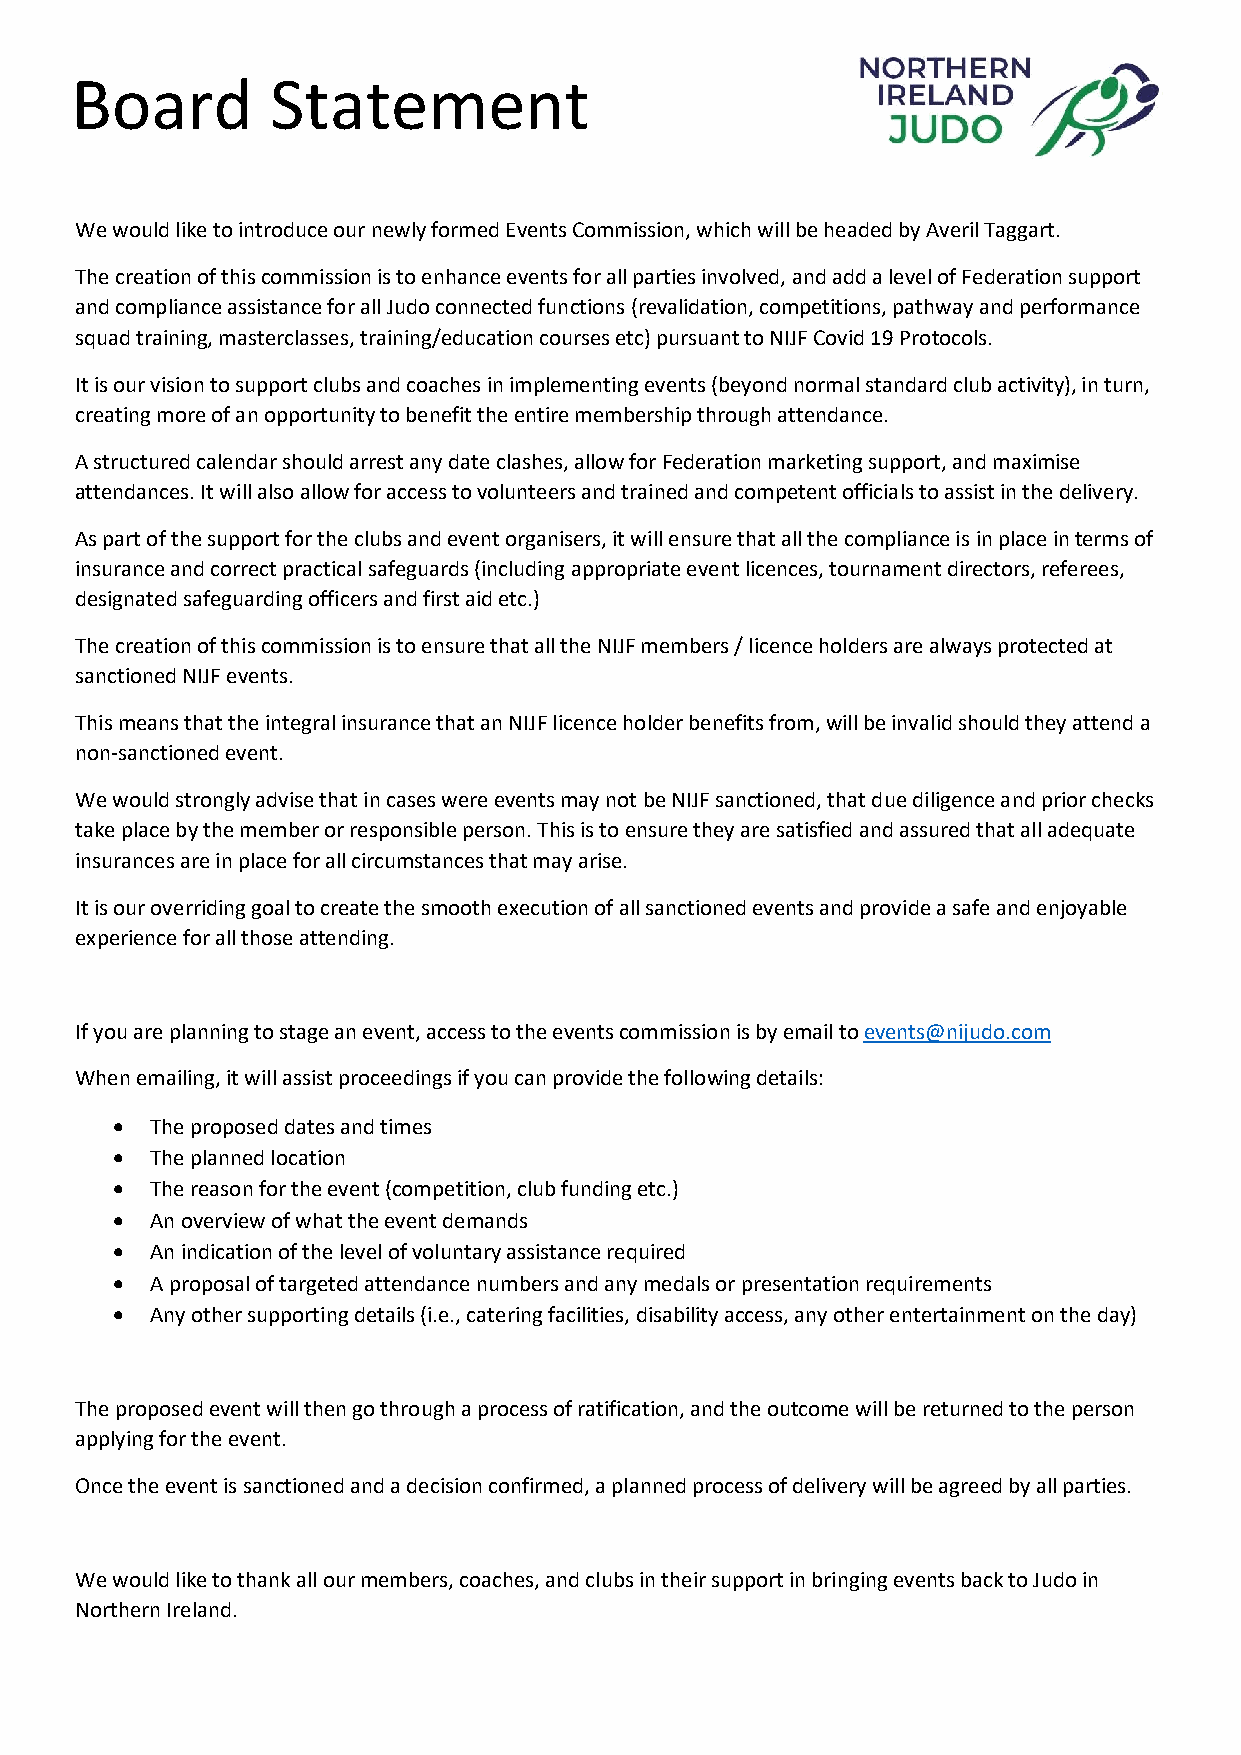
B oard       Statement
 We would like to introduce our newly formed Events Commission, which will be headed by Averil Taggart.
 The creation of this commission is to enhance events for all parties involved, and add a level of Federation support
 and compliance assistance for all Judo connected functions (revalidation, competitions, pathway and performance
 squad training, masterclasses, training/education courses etc) pursuant to NIJF Covid 19 Protocols.
 It is our vision to support clubs and coaches in implementing events (beyond normal standard club activity), in turn,
 creating more of an opportunity to benefit the entire membership through attendance.
 A structured calendar should arrest any date clashes, allow for Federation marketing support, and maximise
 attendances. It will also allow for access to volunteers and trained and competent officials to assist in the delivery.
 As part of the support for the clubs and event organisers, it will ensure that all the compliance is in place in terms of
 insurance and correct practical safeguards (including appropriate event licences, tournament directors, referees,
 designated safeguarding officers and first aid etc.)
 The creation of this commission is to ensure that all the NIJF members / licence holders are always protected at
 sanctioned NIJF events.
 This means that the integral insurance that an NIJF licence holder benefits from, will be invalid should they attend a
 non-sanctioned event.
 We would strongly advise that in cases were events may not be NIJF sanctioned, that due diligence and prior checks
 take place by the member or responsible person. This is to ensure they are satisfied and assured that all adequate
 insurances are in place for all circumstances that may arise.
 It is our overriding goal to create the smooth execution of all sanctioned events and provide a safe and enjoyable
 experience for all those attending.
 If you are planning to stage an event, access to the events commission is by email to events@nijudo.com
 When emailing, it will assist proceedings if you can provide the following details:
   The proposed dates and times
   The planned location
   The reason for the event (competition, club funding etc.)
   An overview of what the event demands
   An indication of the level of voluntary assistance required
   A proposal of targeted attendance numbers and any medals or presentation requirements
   Any other supporting details (i.e., catering facilities, disability access, any other entertainment on the day)
 The proposed event will then go through a process of ratification, and the outcome will be returned to the person
 applying for the event.
 Once the event is sanctioned and a decision confirmed, a planned process of delivery will be agreed by all parties.
 We would like to thank all our members, coaches, and clubs in their support in bringing events back to Judo in
 Northern Ireland.